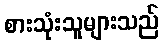
စားသုံးသူများသည်